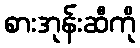
စားအုန်းဆီကို